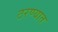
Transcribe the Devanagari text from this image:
ठरण्यात